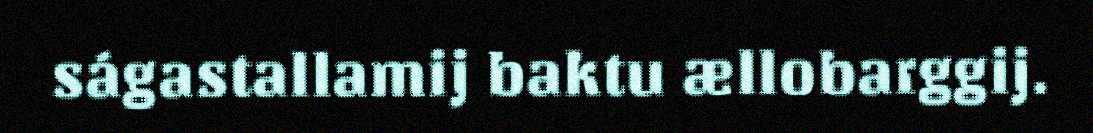
ságastallamij baktu ællobarggij.